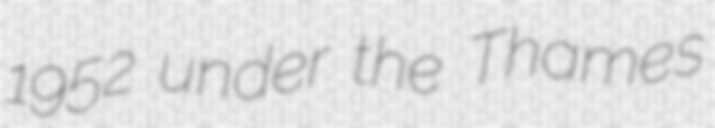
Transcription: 1952 under the Thames